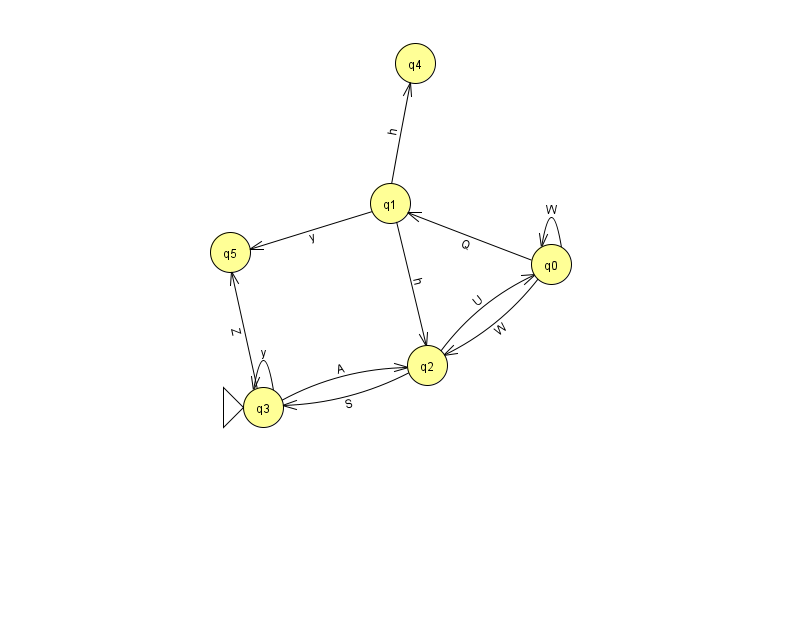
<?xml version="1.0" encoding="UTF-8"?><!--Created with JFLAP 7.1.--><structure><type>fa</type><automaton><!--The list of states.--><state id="0" name="q0"><x>551.0</x><y>251.0</y></state><state id="1" name="q1"><x>390.0</x><y>190.0</y></state><state id="2" name="q2"><x>427.0</x><y>352.0</y></state><state id="3" name="q3"><x>263.0</x><y>394.0</y><initial/></state><state id="4" name="q4"><x>415.0</x><y>50.0</y></state><state id="5" name="q5"><x>230.0</x><y>239.0</y></state><!--The list of transitions.--><transition><from>0</from><to>1</to><read>Q</read></transition><transition><from>3</from><to>5</to><read>Z</read></transition><transition><from>1</from><to>5</to><read>y</read></transition><transition><from>1</from><to>2</to><read>h</read></transition><transition><from>0</from><to>0</to><read>W</read></transition><transition><from>2</from><to>0</to><read>U</read></transition><transition><from>3</from><to>3</to><read>y</read></transition><transition><from>0</from><to>2</to><read>W</read></transition><transition><from>1</from><to>4</to><read>h</read></transition><transition><from>3</from><to>2</to><read>A</read></transition><transition><from>2</from><to>3</to><read>S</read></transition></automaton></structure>